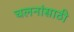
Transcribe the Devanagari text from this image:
चलनांसाठी